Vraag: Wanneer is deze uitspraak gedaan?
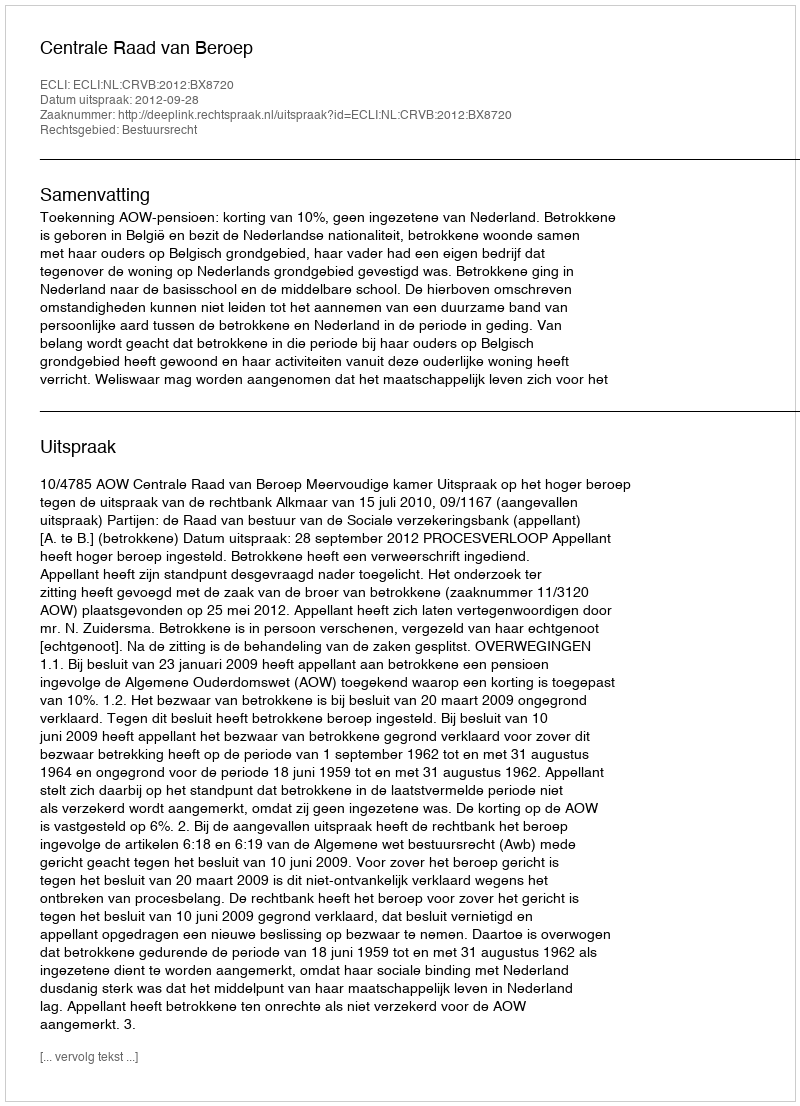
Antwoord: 2012-09-28